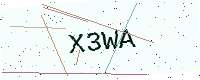
Text: X3WA